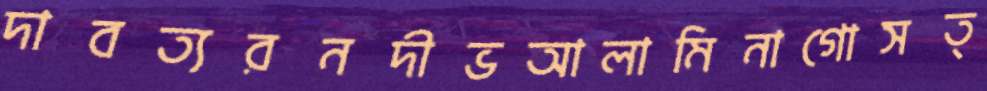
দাবত্যরনদীভআলামিনাগোসত্